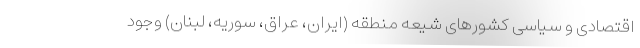
اقتصادی و سیاسی کشورهای شیعه منطقه (ایران، عراق، سوریه، لبنان) وجود